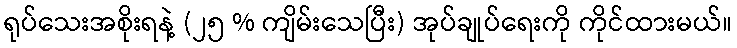
ရုပ်သေးအစိုးရနဲ့ (၂၅ % ကျိမ်းသေပြီး) အုပ်ချုပ်ရေးကို ကိုင်ထားမယ်။